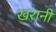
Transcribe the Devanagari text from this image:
खरानी